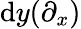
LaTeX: \mathrm{d}y(\partial_{x})